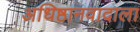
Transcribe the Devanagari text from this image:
अधिष्ठानवादाला